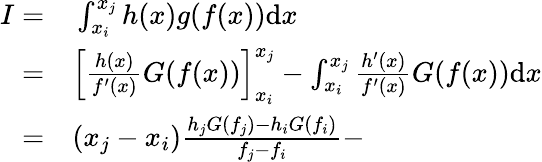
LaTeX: \begin{array}{rl}{I=}&{{}\int_{x_{i}}^{x_{j}}h(x)g(f(x))\mathrm{d}x}\\ {=}&{{}\left[\frac{h(x)}{f^{\prime}(x)}G(f(x))\right]_{x_{i}}^{x_{j}}-\int_{x_{i}}^{x_{j}}\frac{h^{\prime}(x)}{f^{\prime}(x)}G(f(x))\mathrm{d}x}\\ {=}&{{}(x_{j}-x_{i})\frac{h_{j}G(f_{j})-h_{i}G(f_{i})}{f_{j}-f_{i}}-}\end{array}